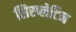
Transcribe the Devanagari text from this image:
सिस्प्लेटिन